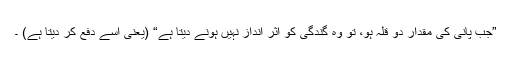
”جب پانی کی مقدار دو قلہ ہو، تو وہ گندگی کو اثر انداز نہیں ہونے دیتا ہے“ (یعنی اسے دفع کر دیتا ہے) ۔